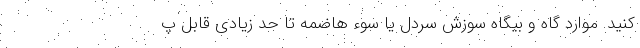
کنید. موارد گاه و بیگاه سوزش سردل یا سوء هاضمه تا حد زیادی قابل پ